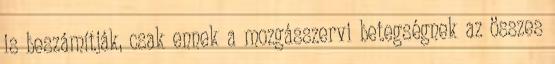
is beszámítják, csak ennek a mozgásszervi betegségnek az összes